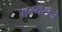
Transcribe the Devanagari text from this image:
मम्मटाने